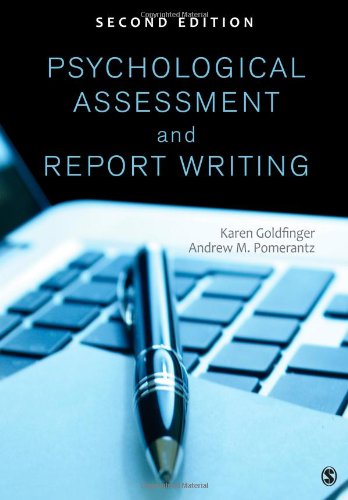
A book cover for Psychological Assessment and Report Writing; Karen B. (Beth) Goldfinger; Medical Books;